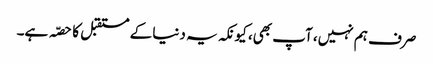
صرف ہم نہیں، آپ بھی، کیونکہ یہ دنیا کے مستقبل کا حصّہ ہے۔